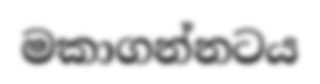
මකාගන්නටය